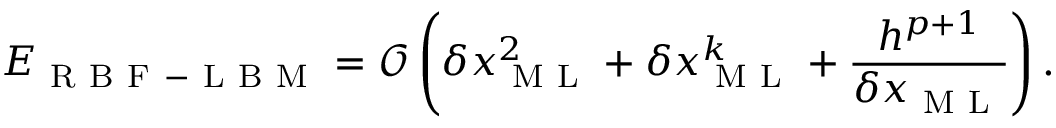
E _ { \mathrm { ~ R ~ B ~ F ~ - ~ L ~ B ~ M ~ } } = \mathcal { O } \left( \delta x _ { \mathrm { ~ M ~ L ~ } } ^ { 2 } + \delta x _ { \mathrm { ~ M ~ L ~ } } ^ { k } + \frac { h ^ { p + 1 } } { \delta x _ { \mathrm { ~ M ~ L ~ } } } \right) .